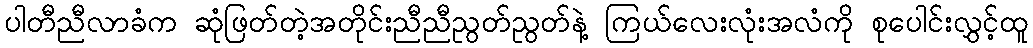
ပါတီညီလာခံက ဆုံဖြတ်တဲ့အတိုင်းညီညီညွတ်ညွတ်နဲ့ ကြယ်လေးလုံးအလံကို စုပေါင်းလွှင့်ထူ